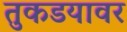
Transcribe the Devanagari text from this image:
तुकडयावर